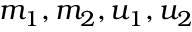
m _ { 1 } , m _ { 2 } , u _ { 1 } , u _ { 2 }